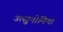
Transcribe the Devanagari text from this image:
उत्सुनोमिया